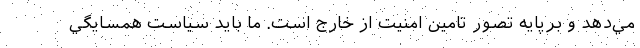
مي‌دهد و برپايه تصور تامين امنيت از خارج است. ما بايد سياست همسايگي